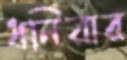
ধনিয়ার